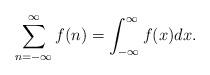
LaTeX: \begin{align*}\sum_{n=-\infty}^\infty f(n)=\int_{-\infty}^\infty f(x)dx.\end{align*}